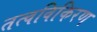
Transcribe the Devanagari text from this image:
तत्वविकिरण